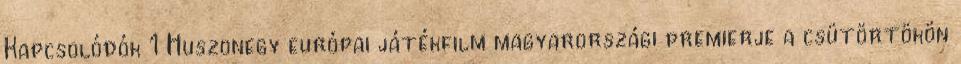
Kapcsolódók 1 Huszonegy európai játékfilm magyarországi premierje a csütörtökön